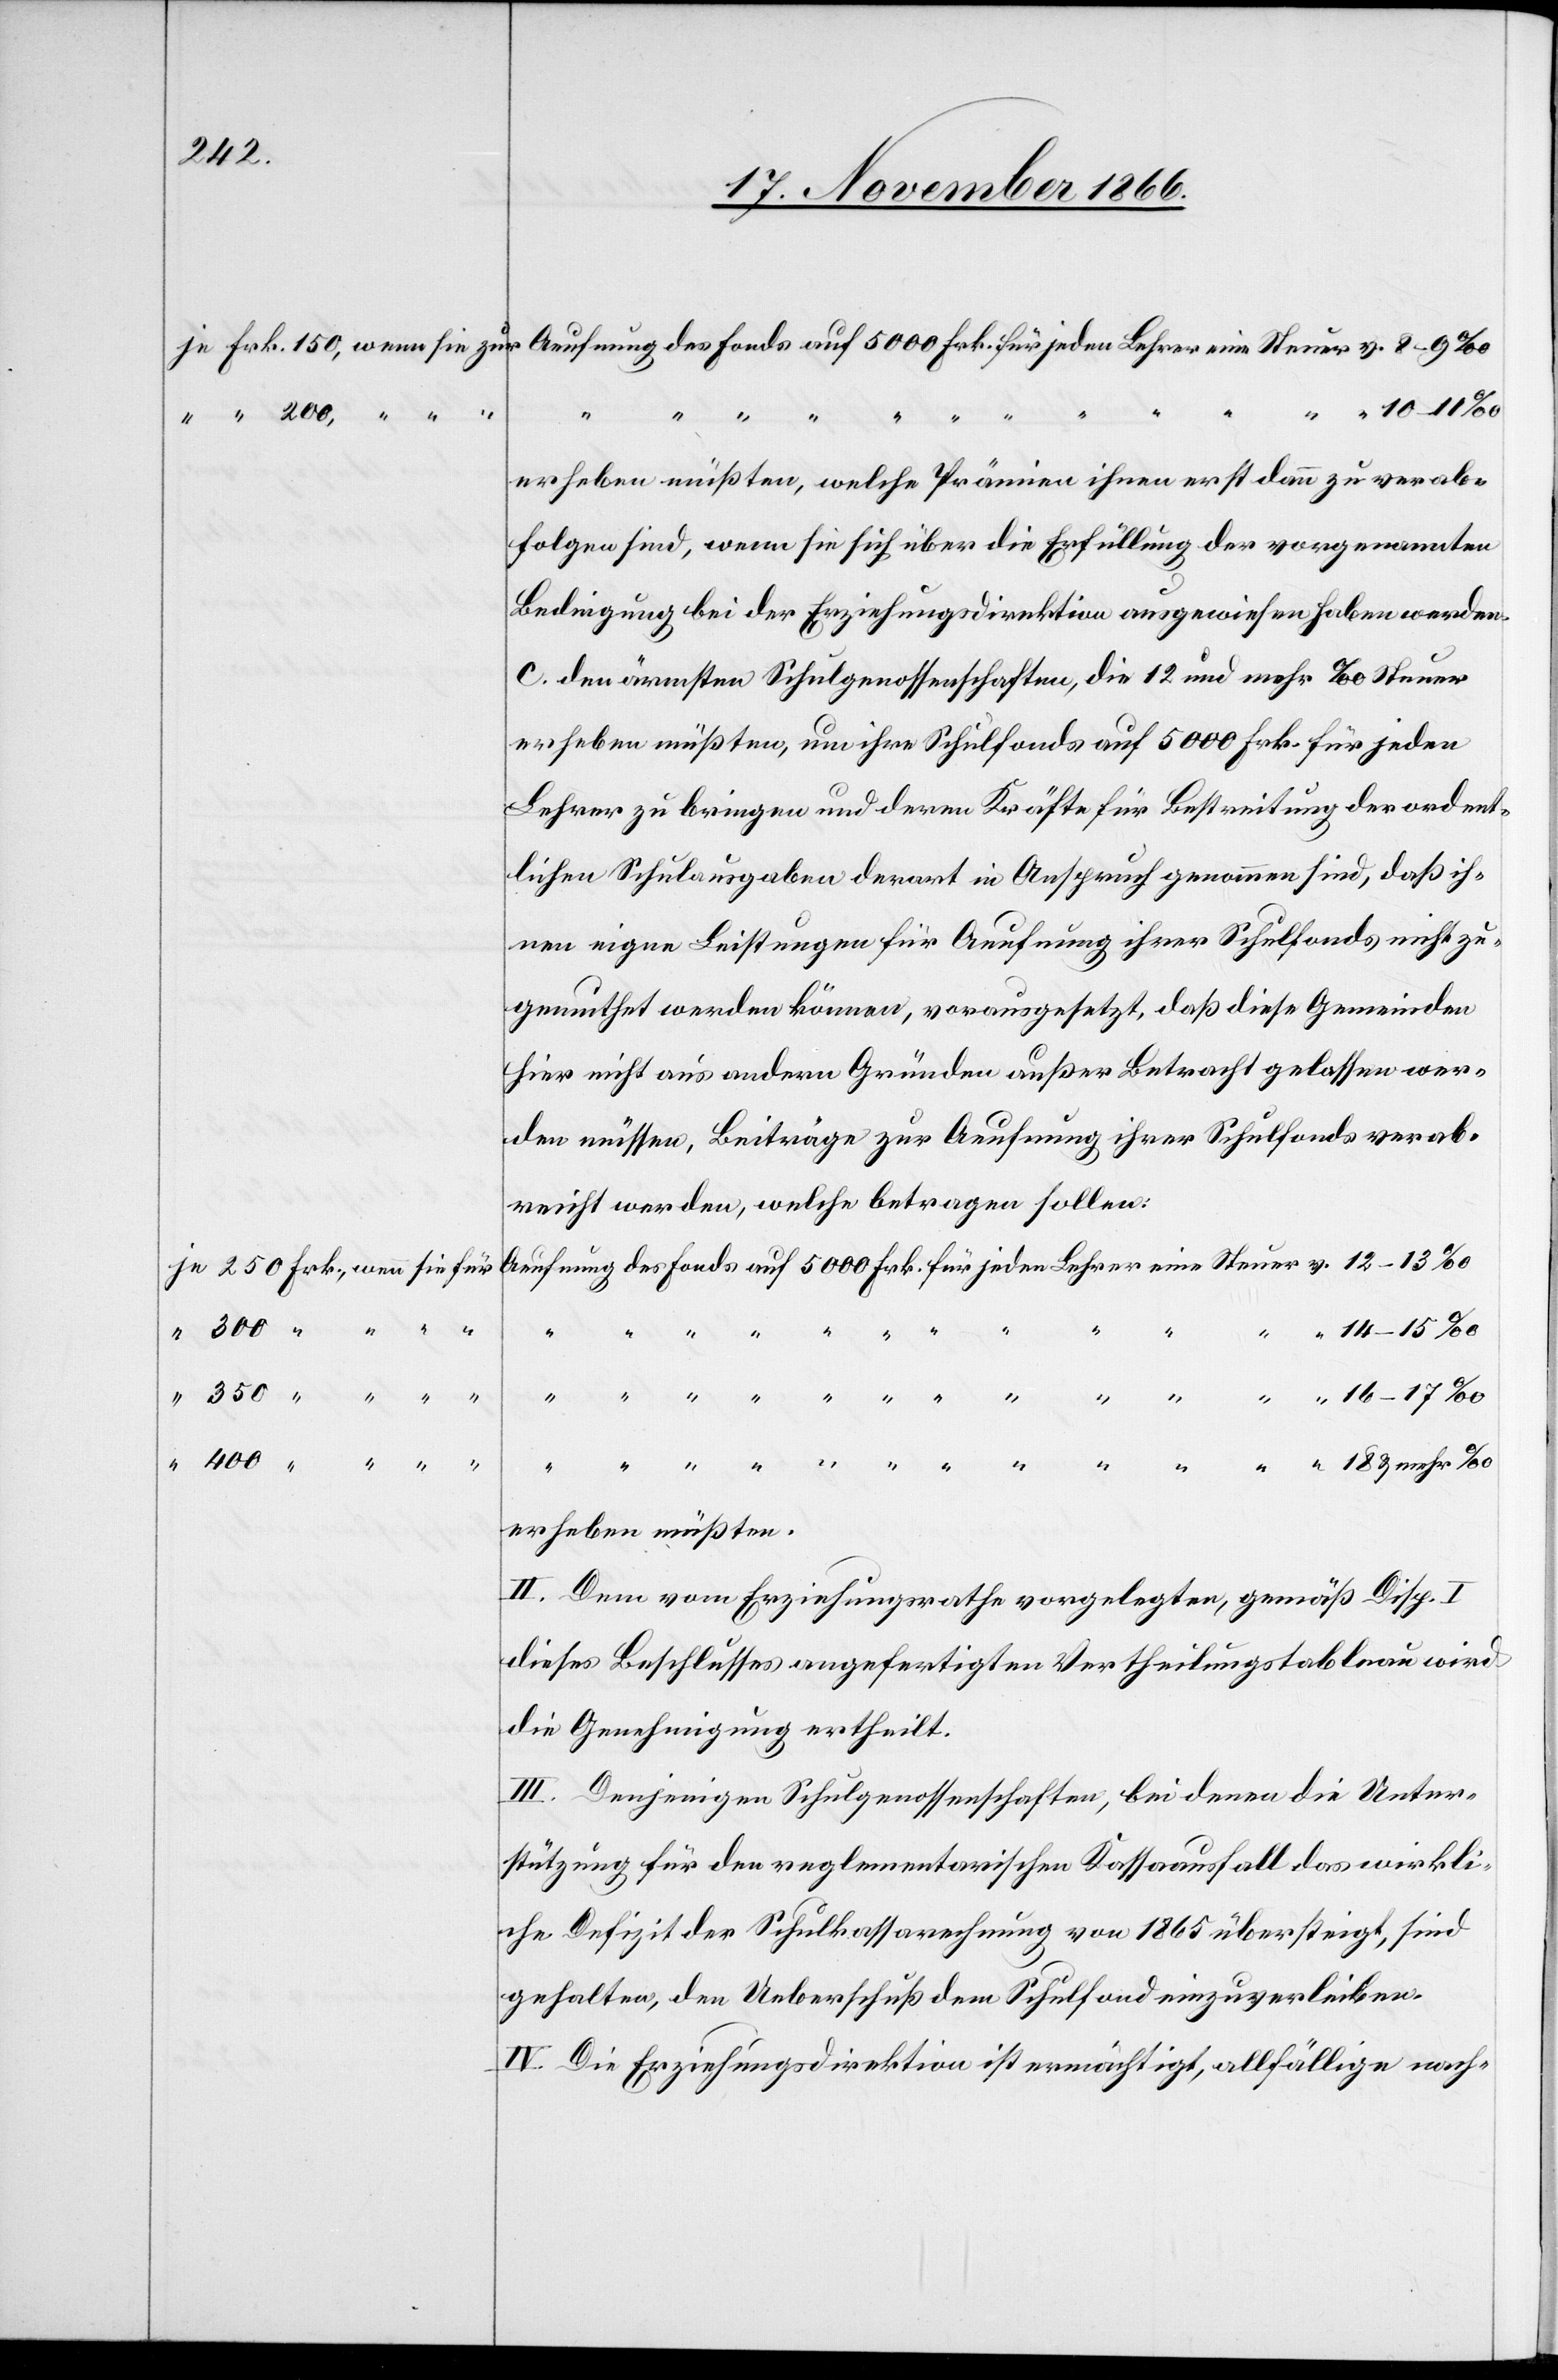
[je Frk.] 200, [wenn sie zur Aeufnung des Fonds auf 5000 Frk. für jeden Lehrer eine Steuer v.] 10–11‰
erheben müßten, welche Prämien ihnen erst dann zu verab¬
folgen sind, wenn sie sich über die Erfüllung der vorgenannten
Bedingung bei der Erziehungsdirektion ausgewiesen haben werden.
C. den ärmsten Schulgenossenschaften, die 12 und mehr ‰ Steuer
erheben müßten, um ihre Schulfonds auf 5000 Frk. für jeden
Lehrer zu bringen und deren Kräfte für Bestreitung der ordent¬
lichen Schulausgaben derart in Anspruch genommen sind, daß ih¬
nen eigne Leistungen für Aeufnung ihrer Schulfonds nicht zu¬
gemuthet werden können, vorausgesetzt, daß diese Gemeinden
hier nicht aus andern Gründen außer Betracht gelassen wer¬
den müssen, Beiträge zur Aeufnung ihrer Schulfonds verab¬
reicht werden, welche betragen sollen:
Aeufnung des Fonds auf 5000 Frk. für jeden Lehrer eine Steuer v.] 18 &
[je] 400 [Frk., wenn sie für
mehr
erheben müßten.
II. Dem vom Erziehungsrathe vorgelegten, gemäß Disp.
dieses Beschlusses angefertigten Vertheilungstableau wird
die Genehmigung ertheilt.
III. Denjenigen Schulgenossenschaften, bei denen die Unter¬
stützung für den reglementarischen Kassaausfall das wirkli¬
che Defizit der Schulkassarechnung von 1865 übersteigt, sind
gehalten, den Ueberschuß dem Schulfond einzuverleiben.
IV. Die Erziehungsdirektion ist ermächtigt, allfällige nach-